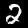
Label: 2